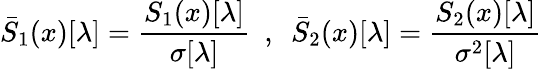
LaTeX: \bar{S}_{1}(x)[\lambda]=\frac{S_{1}(x)[\lambda]}{\sigma[\lambda]}~~,~~\bar{S}_{2}(x)[\lambda]=\frac{S_{2}(x)[\lambda]}{\sigma^{2}[\lambda]}